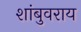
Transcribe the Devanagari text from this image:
शांबुवराय